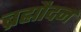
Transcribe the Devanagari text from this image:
ब्रह्मौदन